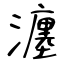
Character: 瀍